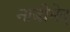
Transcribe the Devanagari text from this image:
नाडीभेद